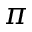
\pi